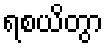
ရစယိတွာ